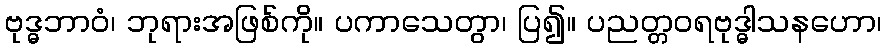
ဗုဒ္ဓဘာဝံ၊ ဘုရားအဖြစ်ကို။ ပကာသေတွာ၊ ပြ၍။ ပညတ္တဝရဗုဒ္ဓါသနဟော၊